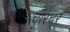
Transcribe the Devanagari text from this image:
चारचर